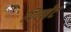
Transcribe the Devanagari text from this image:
पिन्नेट